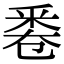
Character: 𠨟